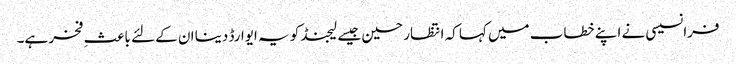
فرانسیسی نے اپنے خطاب میں کہا کہ انتظار حسین جیسے لیجنڈ کو یہ ایوارڈ دینا ان کے لئے باعثِ فخر ہے۔